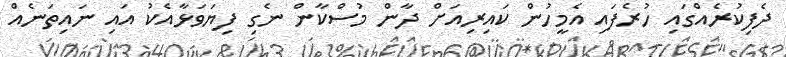
ދެފިކުރެއްގައި ހުރެފައި އެމީހުން ކައިރިއަށް ދާން މުސްކާން ނެގި ފިޔަވަޅާއެކު އައި ނައިތަނެއް